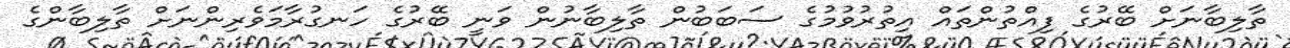
ތާލިބާނަށް ބޭރުގެ ފިއްތުންތައް އިތުރުވުމުގެ ސަބަބުން ތާލިބާނުން ވަނީ ބޭރުގެ ހަނގުރާމަވެރިންނަށް ތާލިބާންގެ